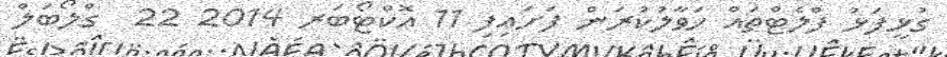
ގުޅީފަޅު ފްލެޓްތައް ހަވާލުކުރަން ފަށައިފި 11 އޮކްޓޯބަރ 2014 22  ގްލޯބަލް